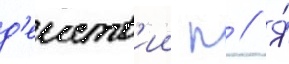
д'еиств'ии п // Я́